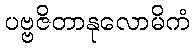
ပဗ္ဗဇိတာနုလောမိကံ